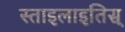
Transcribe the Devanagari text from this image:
स्ताइलाइतिस्